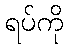
ရပ်ကို